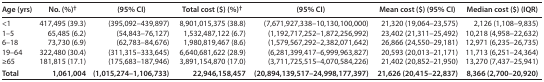
<table><thead><tr><td><b>Age (yrs)</b></td><td><b>No. (%)<sup>†</sup></b></td><td><b>(95% CI)</b></td><td><b>Total cost ($) (%)<sup>†</sup></b></td><td><b>(95% CI)</b></td><td><b>Mean cost ($) (95% CI)</b></td><td><b>Median cost ($) (IQR)</b></td></tr></thead><tbody><tr><td>&lt;1</td><td>417,495 (39.3)</td><td>(395,092–439,897)</td><td>8,901,015,375 (38.8)</td><td>(7,671,927,338–10,130,100,000)</td><td>21,320 (19,064–23,575)</td><td>2,126 (1,108–9,835)</td></tr><tr><td>1–5</td><td>65,485 (6.2)</td><td>(54,843–76,127)</td><td>1,532,487,122 (6.7)</td><td>(1,192,717,252–1,872,256,992)</td><td>23,402 (21,311–25,492)</td><td>10,218 (4,958–22,632)</td></tr><tr><td>6–18</td><td>73,730 (6.9)</td><td>(62,783–84,676)</td><td>1,980,819,467 (8.6)</td><td>(1,579,567,292–2,382,071,642)</td><td>26,866 (24,550–29,181)</td><td>12,971 (6,235–26,735)</td></tr><tr><td>19–64</td><td>322,480 (30.4)</td><td>(311,315–333,645)</td><td>6,640,681,622 (28.9)</td><td>(6,281,399,417–6,999,963,827)</td><td>20,593 (20,013–21,171)</td><td>11,713 (6,251–24,364)</td></tr><tr><td>≥65</td><td>181,815 (17.1)</td><td>(175,683–187,946)</td><td>3,891,154,870 (17.0)</td><td>(3,711,725,515–4,070,584,226)</td><td>21,402 (20,852–21,950)</td><td>13,270 (7,437–25,941)</td></tr><tr><td><b>Total</b></td><td><b>1,061,004</b></td><td><b>(1,015,274–1,106,733)</b></td><td><b>22,946,158,457</b></td><td><b>(20,894,139,517–24,998,177,397)</b></td><td><b>21,626 (20,415–22,837)</b></td><td><b>8,366 (2,700–20,920)</b></td></tr></tbody></table>